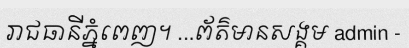
រាជធានីភ្នំពេញ។ ...ព័ត៌មានសង្គម admin -